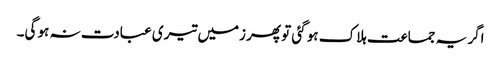
اگر یہ جماعت ہلاک ہو گئی تو پھر زمیں تیری عبادت نہ ہو گی۔